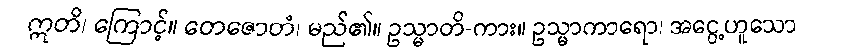
ဣတိ၊ ကြောင့်။ တေဇောတံ၊ မည်၏။ ဥသ္မာတိ-ကား။ ဥသ္မာကာရော၊ အငွေ့ဟူသော